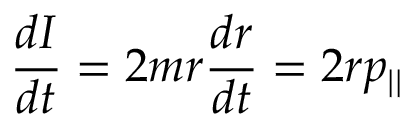
{ \frac { d I } { d t } } = 2 m r { \frac { d r } { d t } } = 2 r p _ { | | }